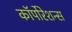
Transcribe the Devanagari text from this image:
कॉर्पोरेशन्‍स